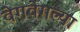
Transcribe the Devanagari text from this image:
वेगवेगल्या